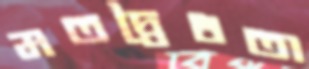
মতদ্বৈধতা